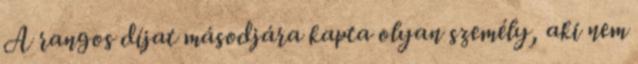
A rangos díjat másodjára kapta olyan személy, aki nem